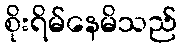
စိုးရိမ်နေမိသည်